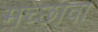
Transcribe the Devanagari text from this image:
मच्छावा